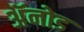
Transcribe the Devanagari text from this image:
अॅनोड